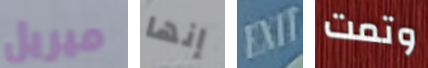
ميريل إنها EXIT وتمت